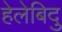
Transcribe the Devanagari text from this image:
हेलेबिदु